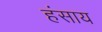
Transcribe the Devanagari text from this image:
हंसाय